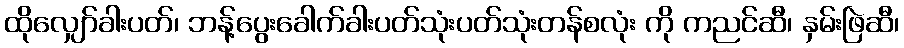
ထိုလျှော်ခါးပတ်၊ ဘန့်ပွေးခေါက်ခါးပတ်သုံးပတ်သုံးတန်စလုံး ကို ကညင်ဆီ၊ နှမ်းဖြဲဆီ၊